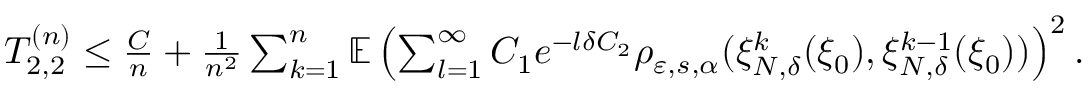
\begin{array} { r } { T _ { 2 , 2 } ^ { ( n ) } \leq \frac { C } { n } + \frac { 1 } { n ^ { 2 } } \sum _ { k = 1 } ^ { n } \mathbb { E } \left( \sum _ { l = 1 } ^ { \infty } C _ { 1 } e ^ { - l \delta C _ { 2 } } \rho _ { \varepsilon , s , \alpha } ( \xi _ { N , \delta } ^ { k } ( \xi _ { 0 } ) , \xi _ { N , \delta } ^ { k - 1 } ( \xi _ { 0 } ) ) \right) ^ { 2 } . } \end{array}